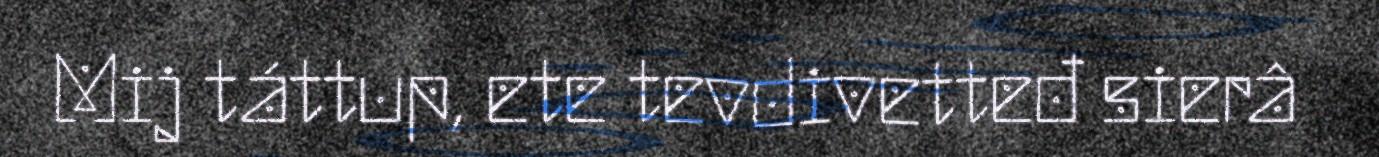
Mij táttup, ete tevdivetteđ sierâ